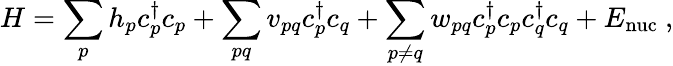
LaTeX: H=\sum_{p}h_{p}c_{p}^{\dagger}c_{p}+\sum_{pq}v_{pq}c_{p}^{\dagger}c_{q}+\sum_{p\neq q}w_{pq}c_{p}^{\dagger}c_{p}c_{q}^{\dagger}c_{q}+E_{\mathrm{{nuc}}}\ ,